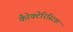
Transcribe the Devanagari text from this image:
कैरेक्टेरिस्टिक